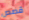
قصص